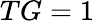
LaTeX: TG=1